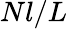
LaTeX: Nl/L